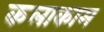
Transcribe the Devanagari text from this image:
कलाकाम